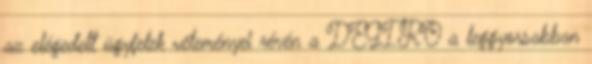
az elégedett ügyfelek véleményei révén a DEGIRO a leggyorsabban